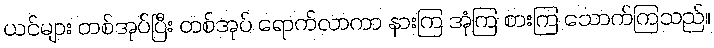
ယင်များ တစ်အုပ်ပြီး တစ်အုပ် ရောက်လာကာ နားကြ အုံကြ စားကြ သောက်ကြသည်။